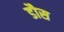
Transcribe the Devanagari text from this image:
डौस